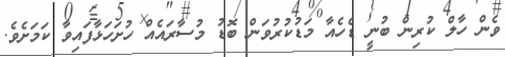
ވެން ހާލް ކުރިން ބުނީ ޑެހެއާ މަޑުކުރުވަން ބޮޑު މުސާރައެއް ހުށަހަޅާފައިވާ ކަމަށެވެ.